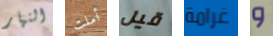
النهار أملت قيل غرامة و